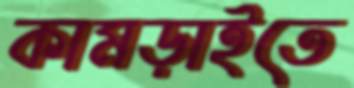
কামড়াইতে